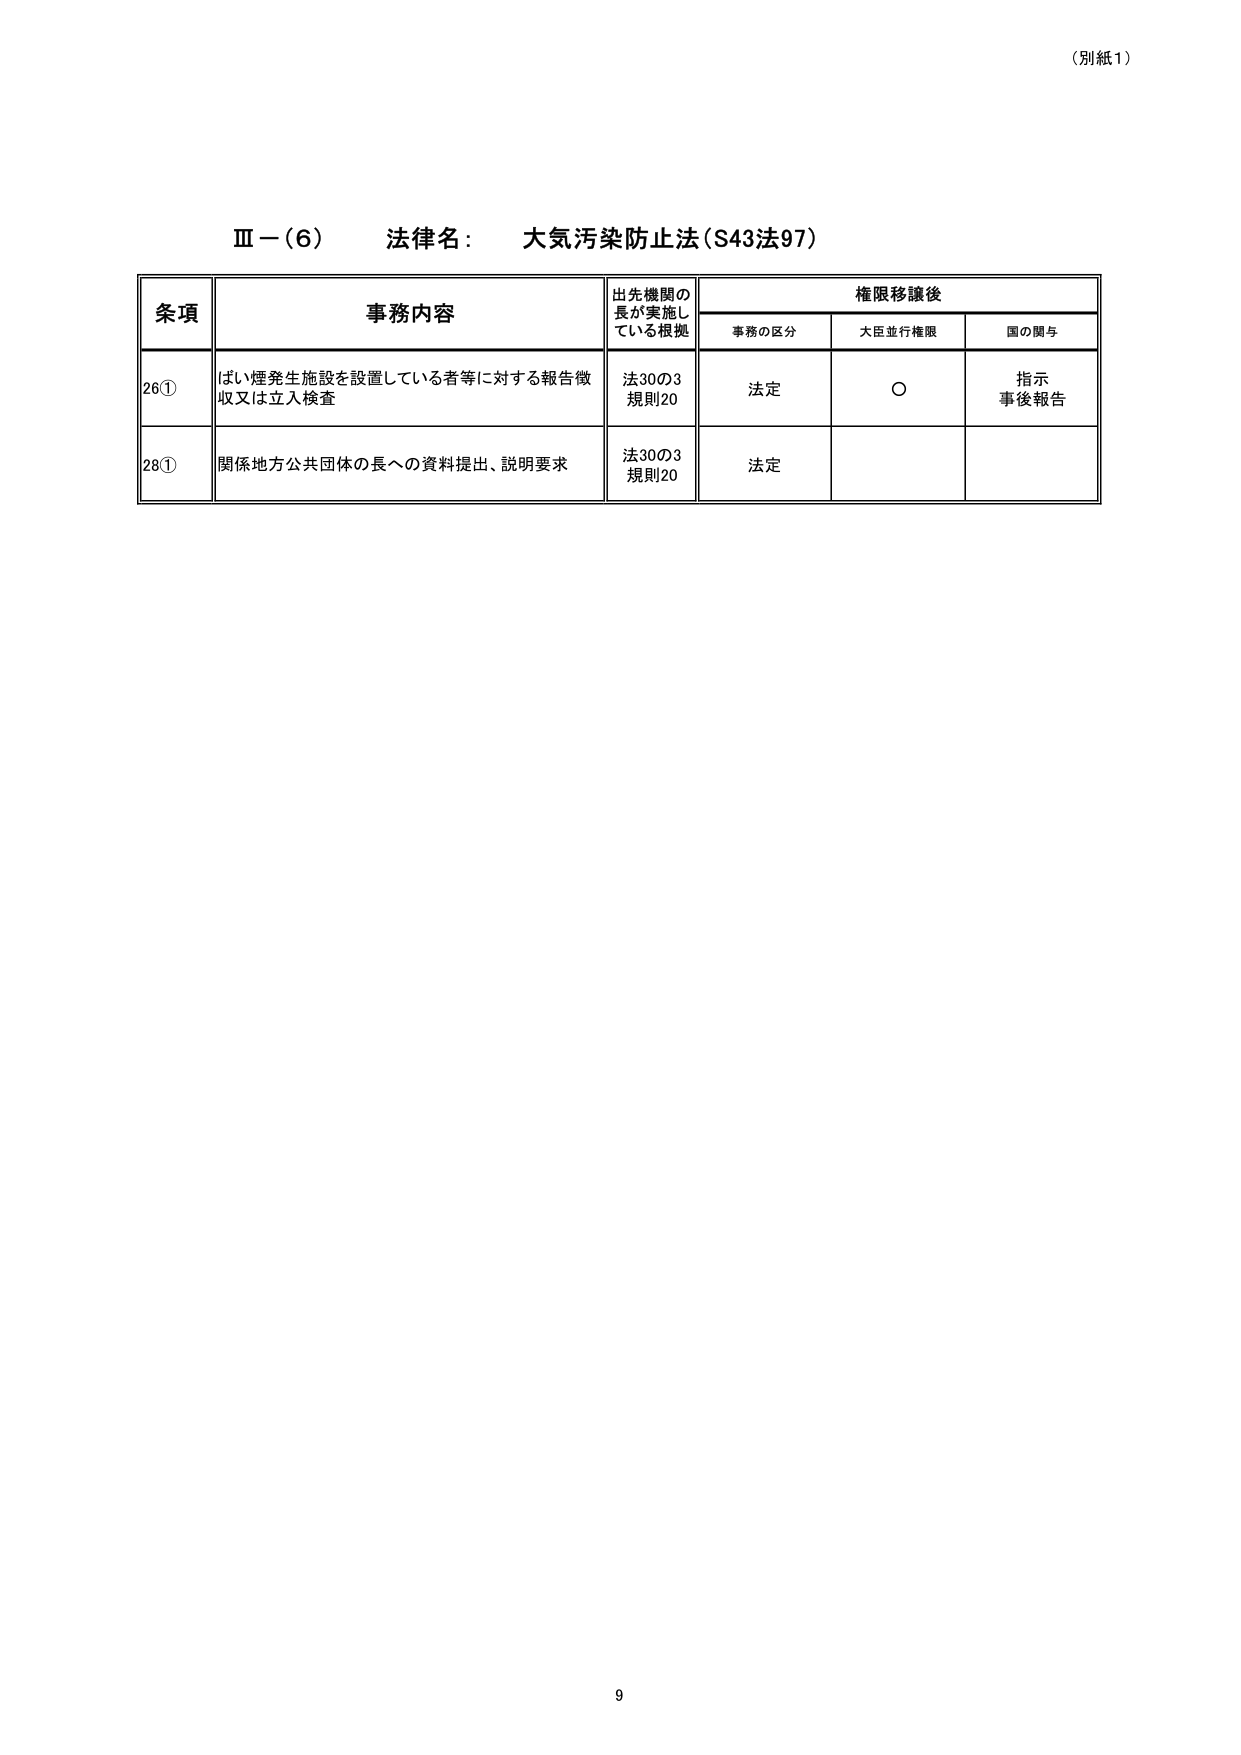
（別紙1）

Ⅲ－（6）　法律名：　大気汚染防止法（S43法97）

条項　　　　　　　事務内容　　　　　　　出先機関の長が実施している根拠　　　権限移譲後
　　　　　　　　　　　　　　　　　　　　　　　　　　　　　　　　　　事務の区分　　大臣並行権限　　国の関与

26①　　　ばい煙発生施設を設置している者等に対する報告徴収又は立入検査　　　法30の3　　　法定　　　○　　　指示
　　　　　　　　　　　　　　　　　　　　　　　　　　　　　　　　　　　　規則20　　　　　　　　　　　事後報告

28①　　　関係地方公共団体の長への資料提出、説明要求　　　　　　　　　　　法30の3　　　法定
　　　　　　　　　　　　　　　　　　　　　　　　　　　　　　　　　　　　規則20

9